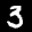
Label: 3